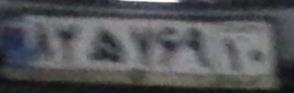
۸۲ه۷۶۹۱۰